Vaccination in Bombay 1856-1862 - 1856-1862
Year: 1856
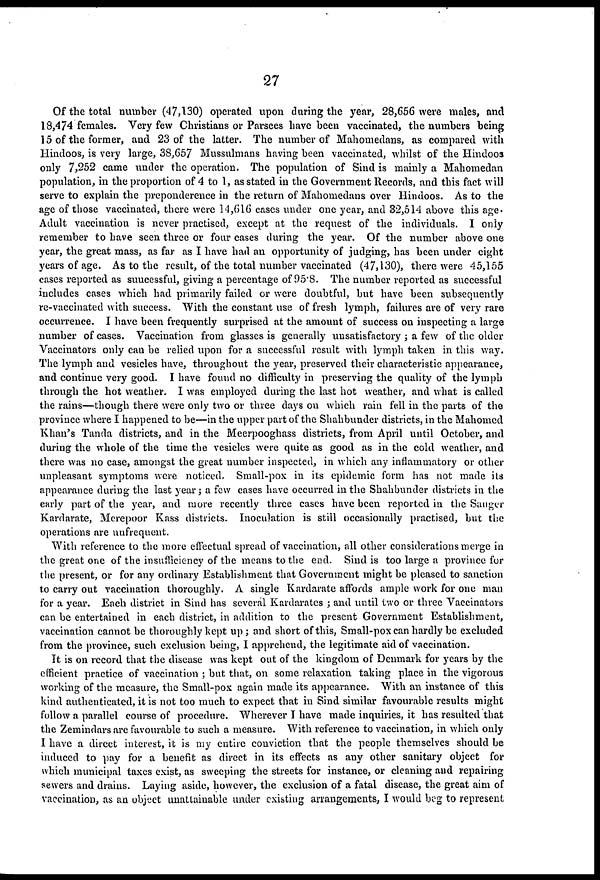
27
Of the total number (47,130) operated upon during the year, 28,656 were males, and
18,474 females. Very few Christians or Parsees have been vaccinated, the numbers being
15 of the former, and 23 of the latter. The number of Mahomedans, as compared with
Hindoos, is very large, 38,657 Mussulmans having been vaccinated, whilst of the Hindoos
only 7,252 came under the operation. The population of Sind is mainly a Mahomedan
population, in the proportion of 4 to 1, as stated in the Government Records, and this fact will
serve to explain the preponderence in the return of Mahomedans over Hindoos. As to the
age of those vaccinated, there were 14,616 cases under one year, and 32,514 above this age.
Adult vaccination is never practised, except at the request of the individuals. I only
remember to have seen three or four cases during the year. Of the number above one
year, the great mass, as far as I have had an opportunity of judging, has been under eight
years of age. As to the result, of the total number vaccinated (47,130), there were 45,155
cases reported as suucessful, giving a percentage of 95.8. The number reported as successful
includes cases which had primarily failed or were doubtful, but have been subsequently
re-vaccinated with success. With the constant use of fresh lymph, failures are of very rare
occurrence. I have been frequently surprised at the amount of success on inspecting a large
number of cases. Vaccination from glasses is generally unsatisfactory ; a few of the older
Vaccinators only can be relied upon for a successful result with lymph taken in this way.
The lymph and vesicles have, throughout the year, preserved their characteristic appearance,
and continue very good. I have found no difficulty in preserving the quality of the lymph
through the hot weather. I was employed during the last hot weather, and what is called
the rains—though there were only two or three days on which rain fell in the parts of the
province where I happened to be—in the upper part of the Shahbunder districts, in the Mahomed
Khan's Tanda districts, and in the Meerpooghass districts, from April until October, and
during the whole of the time the vesicles were quite as good as in the cold weather, and
there was no case, amongst the great number inspected, in which any inflammatory or other
unpleasant symptoms were noticed. Small-pox in its epidemic form has not made its
appearance during the last year; a few cases have occurred in the Shahbunder districts in the
early part of the year, and more recently three cases have been reported in the Sauger
Kardarate, Merepoor Kass districts. Inoculation is still occasionally practised, but the
operations are unfrequent.
With reference to the more effectual spread of vaccination, all other considerations merge in
the great one of the insufficiency of the means to the end. Sind is too large a province for
the present, or for any ordinary Establishment that Government might be pleased to sanction
to carry out vaccination thoroughly. A single Kardarate affords ample work for one man
for a year. Each district in Sind has several Kardarates ; and until two or three Vaccinators
can be entertained in each district, in addition to the present Government Establishment,
vaccination cannot be thoroughly kept up; and short of this, Small-pox can hardly be excluded
from the province, such exclusion being, I apprehend, the legitimate aid of vaccination.
It is on record that the disease was kept out of the kingdom of Denmark for years by the
efficient practice of vaccination ; but that, on some relaxation taking place in the vigorous
working of the measure, the Small-pox again made its appearance. With an instance of this
kind authenticated, it is not too much to expect that in Sind similar favourable results might
follow a parallel course of procedure. Wherever I have made inquiries, it has resulted that
the Zemindars are favourable to such a measure. With reference to vaccination, in which only
I have a direct interest, it is my entire conviction that the people themselves should be
induced to pay for a benefit as direct in its effects as any other sanitary object for
which municipal taxes exist, as sweeping the streets for instance, or cleaning and repairing
sewers and drains. Laying aside, however, the exclusion of a fatal disease, the great aim of
vaccination, as an object unattainable under existing arrangements, I would beg to represent